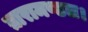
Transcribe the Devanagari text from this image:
तारामण्डल।